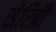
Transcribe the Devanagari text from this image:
सेरिब्री